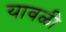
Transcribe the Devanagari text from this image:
यावळी